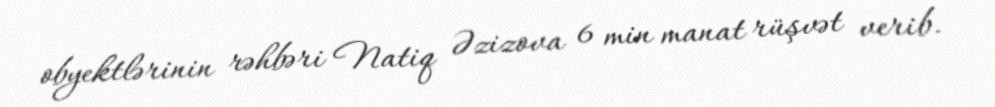
obyektlərinin rəhbəri Natiq Əzizova 6 min manat rüşvət verib.